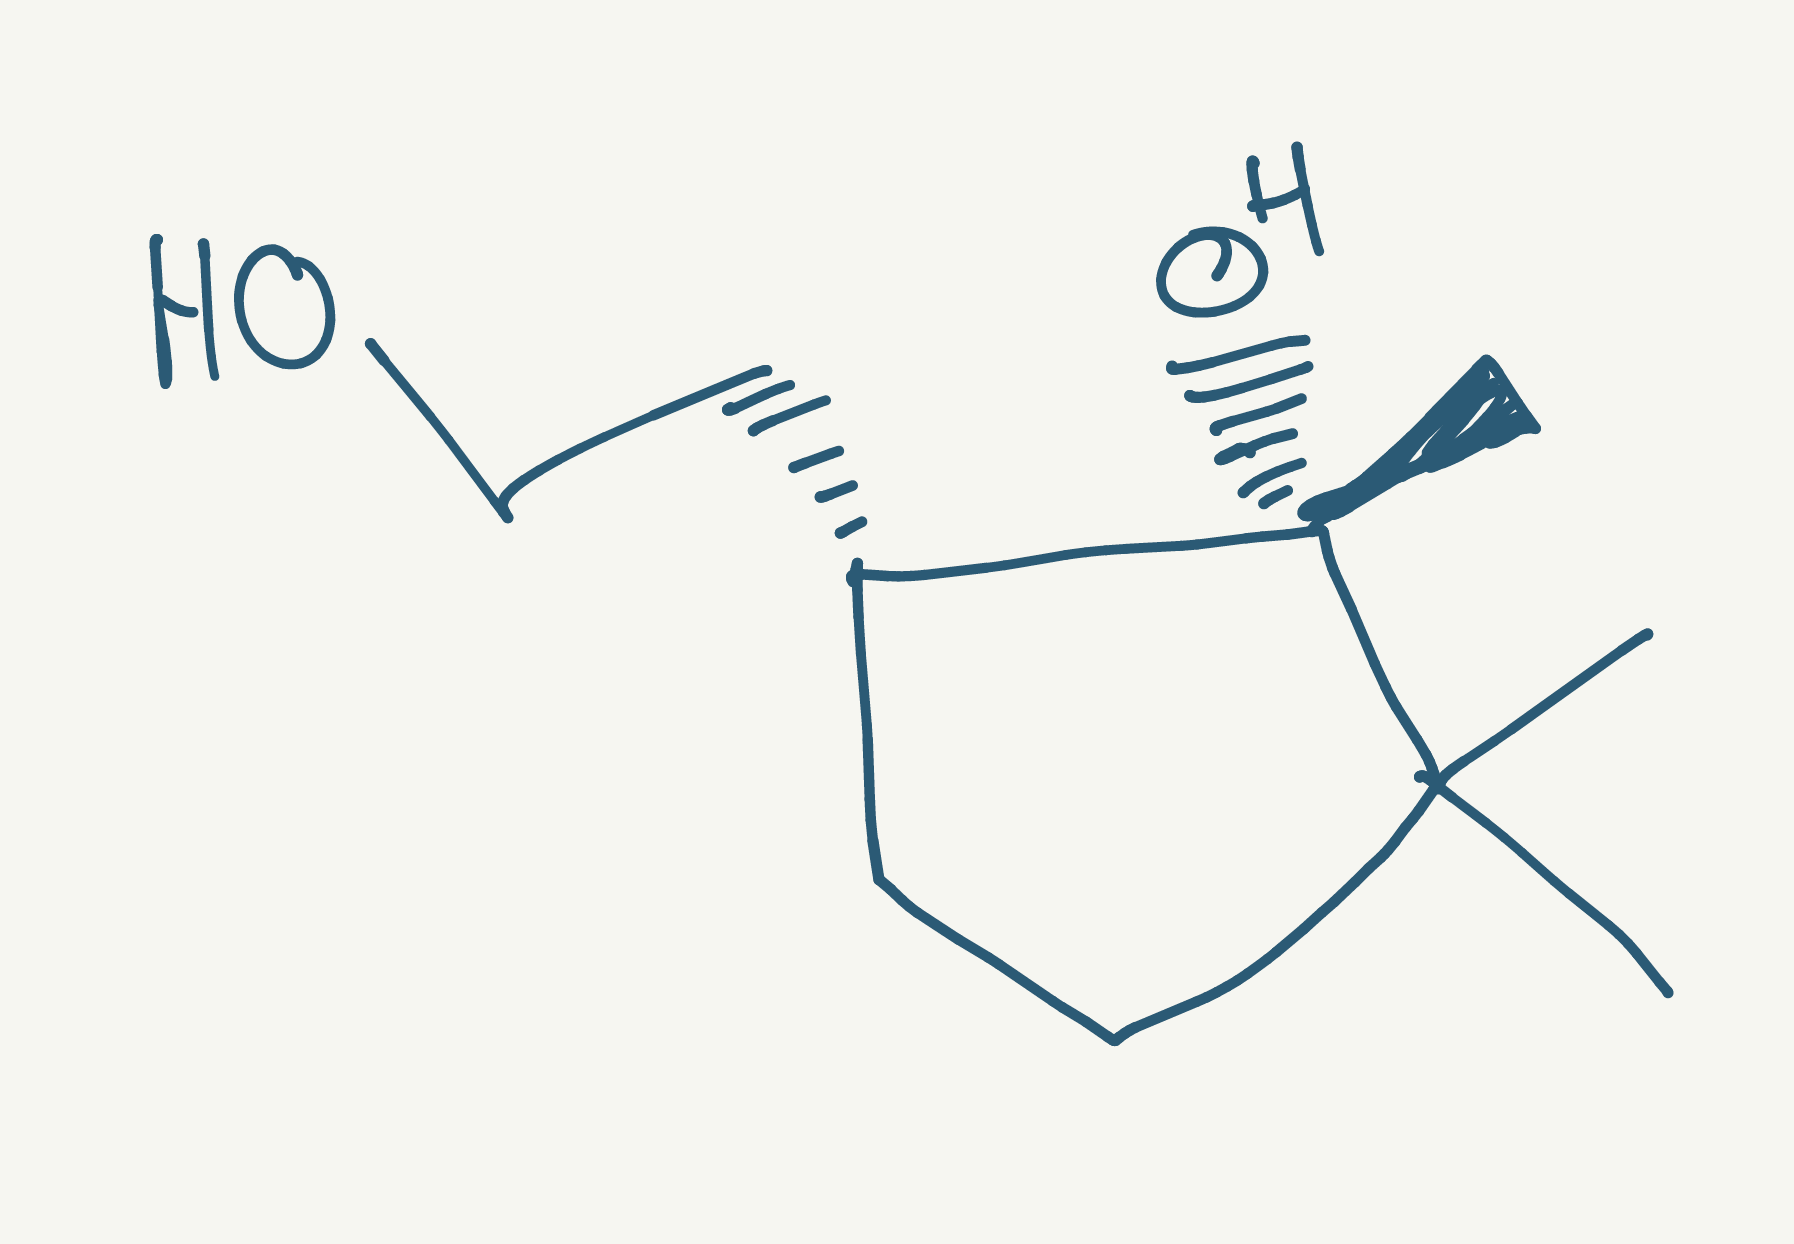
Simplified molecular-input line-entry system (SMILES) notation of the given molecule:
C[C@@]1([C@H](CCC1(C)C)CCO)O